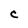
Character: C